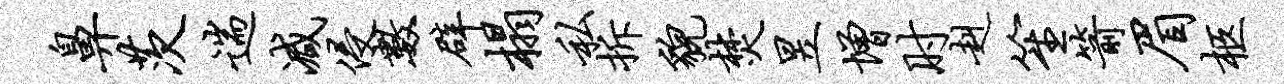
鼻茨遄减侵数辟榻私拆貌焚昱增肘赳笙箭眉柩